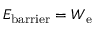
E _ { \mathrm { { b a r r i e r } } } = W _ { \mathrm { { e } } }